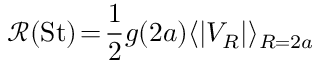
\mathscr { R } ( { \mathrm { S t } } ) \! = \! \frac { 1 } { 2 } g ( 2 a ) \langle | V _ { R } | \rangle _ { R = 2 a }